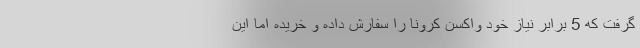
گرفت که 5 برابر نیاز خود واکسن کرونا را سفارش داده و خریده اما این